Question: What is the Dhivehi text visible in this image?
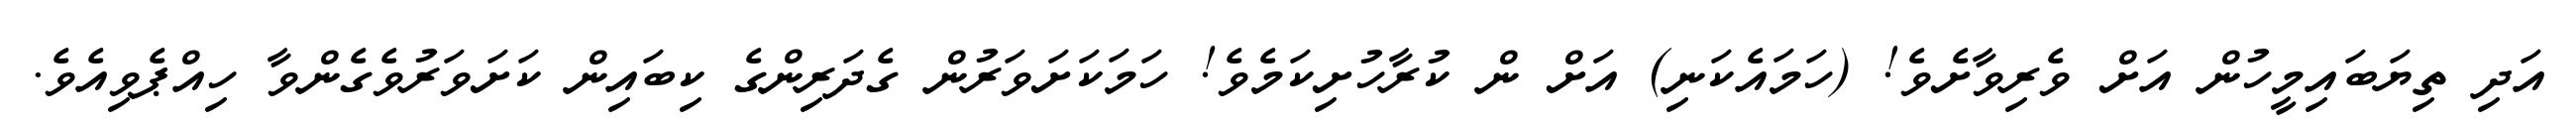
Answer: އަދި ތިޔަބައިމީހުން އަށް ވެރިވާށެވެ! (ހަމައެކަނި) އަށް ން ކުރާހުށިކަމެވެ! ހަމަކަށަވަރުން ގެދަރިންގެ ކިބައިން ކަށަވަރުވެގެންވާ ހިއްޕެވިއެވެ.